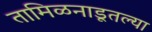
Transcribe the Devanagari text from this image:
तामिळनाडूतल्या